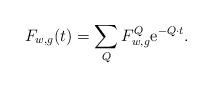
LaTeX: \begin{align*}F_{w,g } (t) =\sum_Q F_{w,g}^{Q} {\rm e}^{-Q\cdot t}.\end{align*}